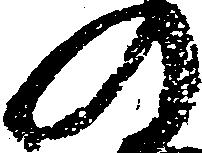
の